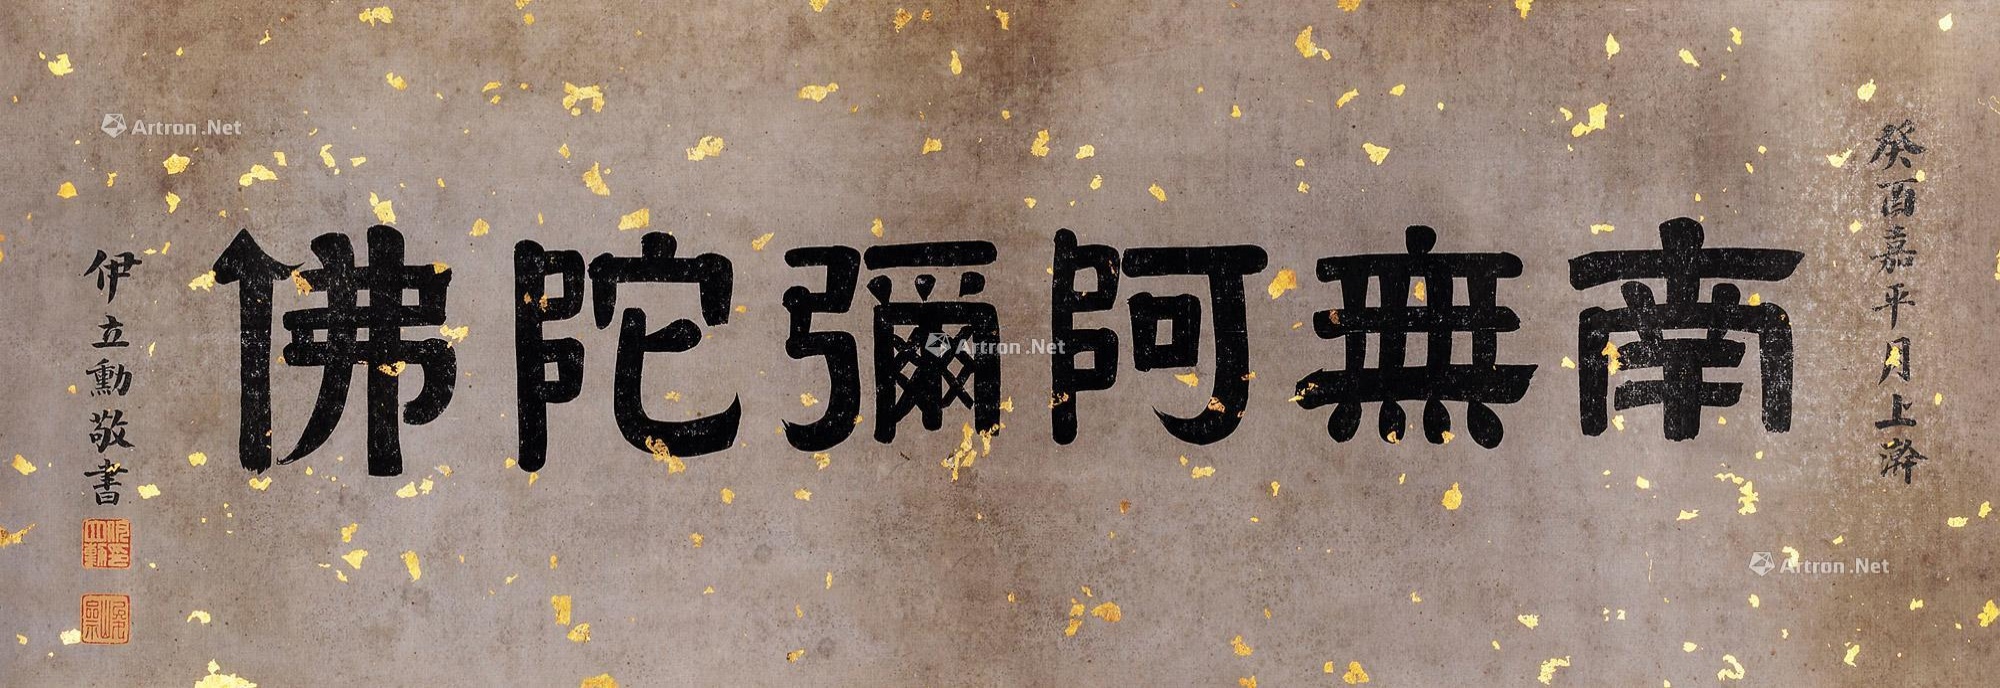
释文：南无阿弥陀佛。癸酉嘉平月上澣，伊立勋敬书。